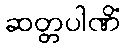
ဆတ္တပါဏိံ